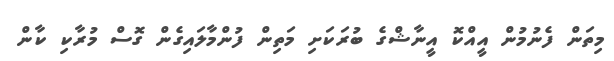
މިތަން ފެނުމުން އީއްކޮ އީނާޝްގެ ބުރަކަށި މަތިން ފުންމާލައިގެން ގޮސް މުރާކި ކާން